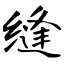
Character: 缝